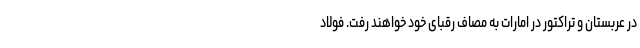
در عربستان و تراکتور در امارات به مصاف رقبای خود خواهند رفت. فولاد